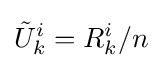
{\tilde {U}}_{k}^{i}=R_{k}^{i}/n